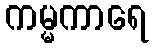
ကမ္မကာရေ